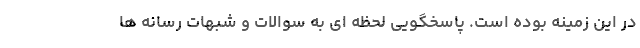
در این زمینه بوده است. پاسخگویی لحظه ای به سوالات و شبهات رسانه ها